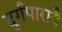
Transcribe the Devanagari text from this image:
दुर्गपारायै